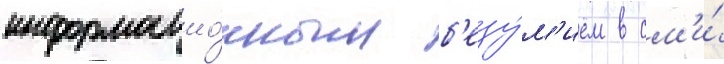
информацио́нным б'езу́м'ием в см'и́